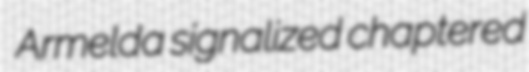
Armelda signalized chaptered